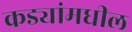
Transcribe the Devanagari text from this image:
कड्यांमधील